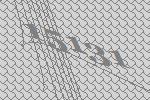
15131